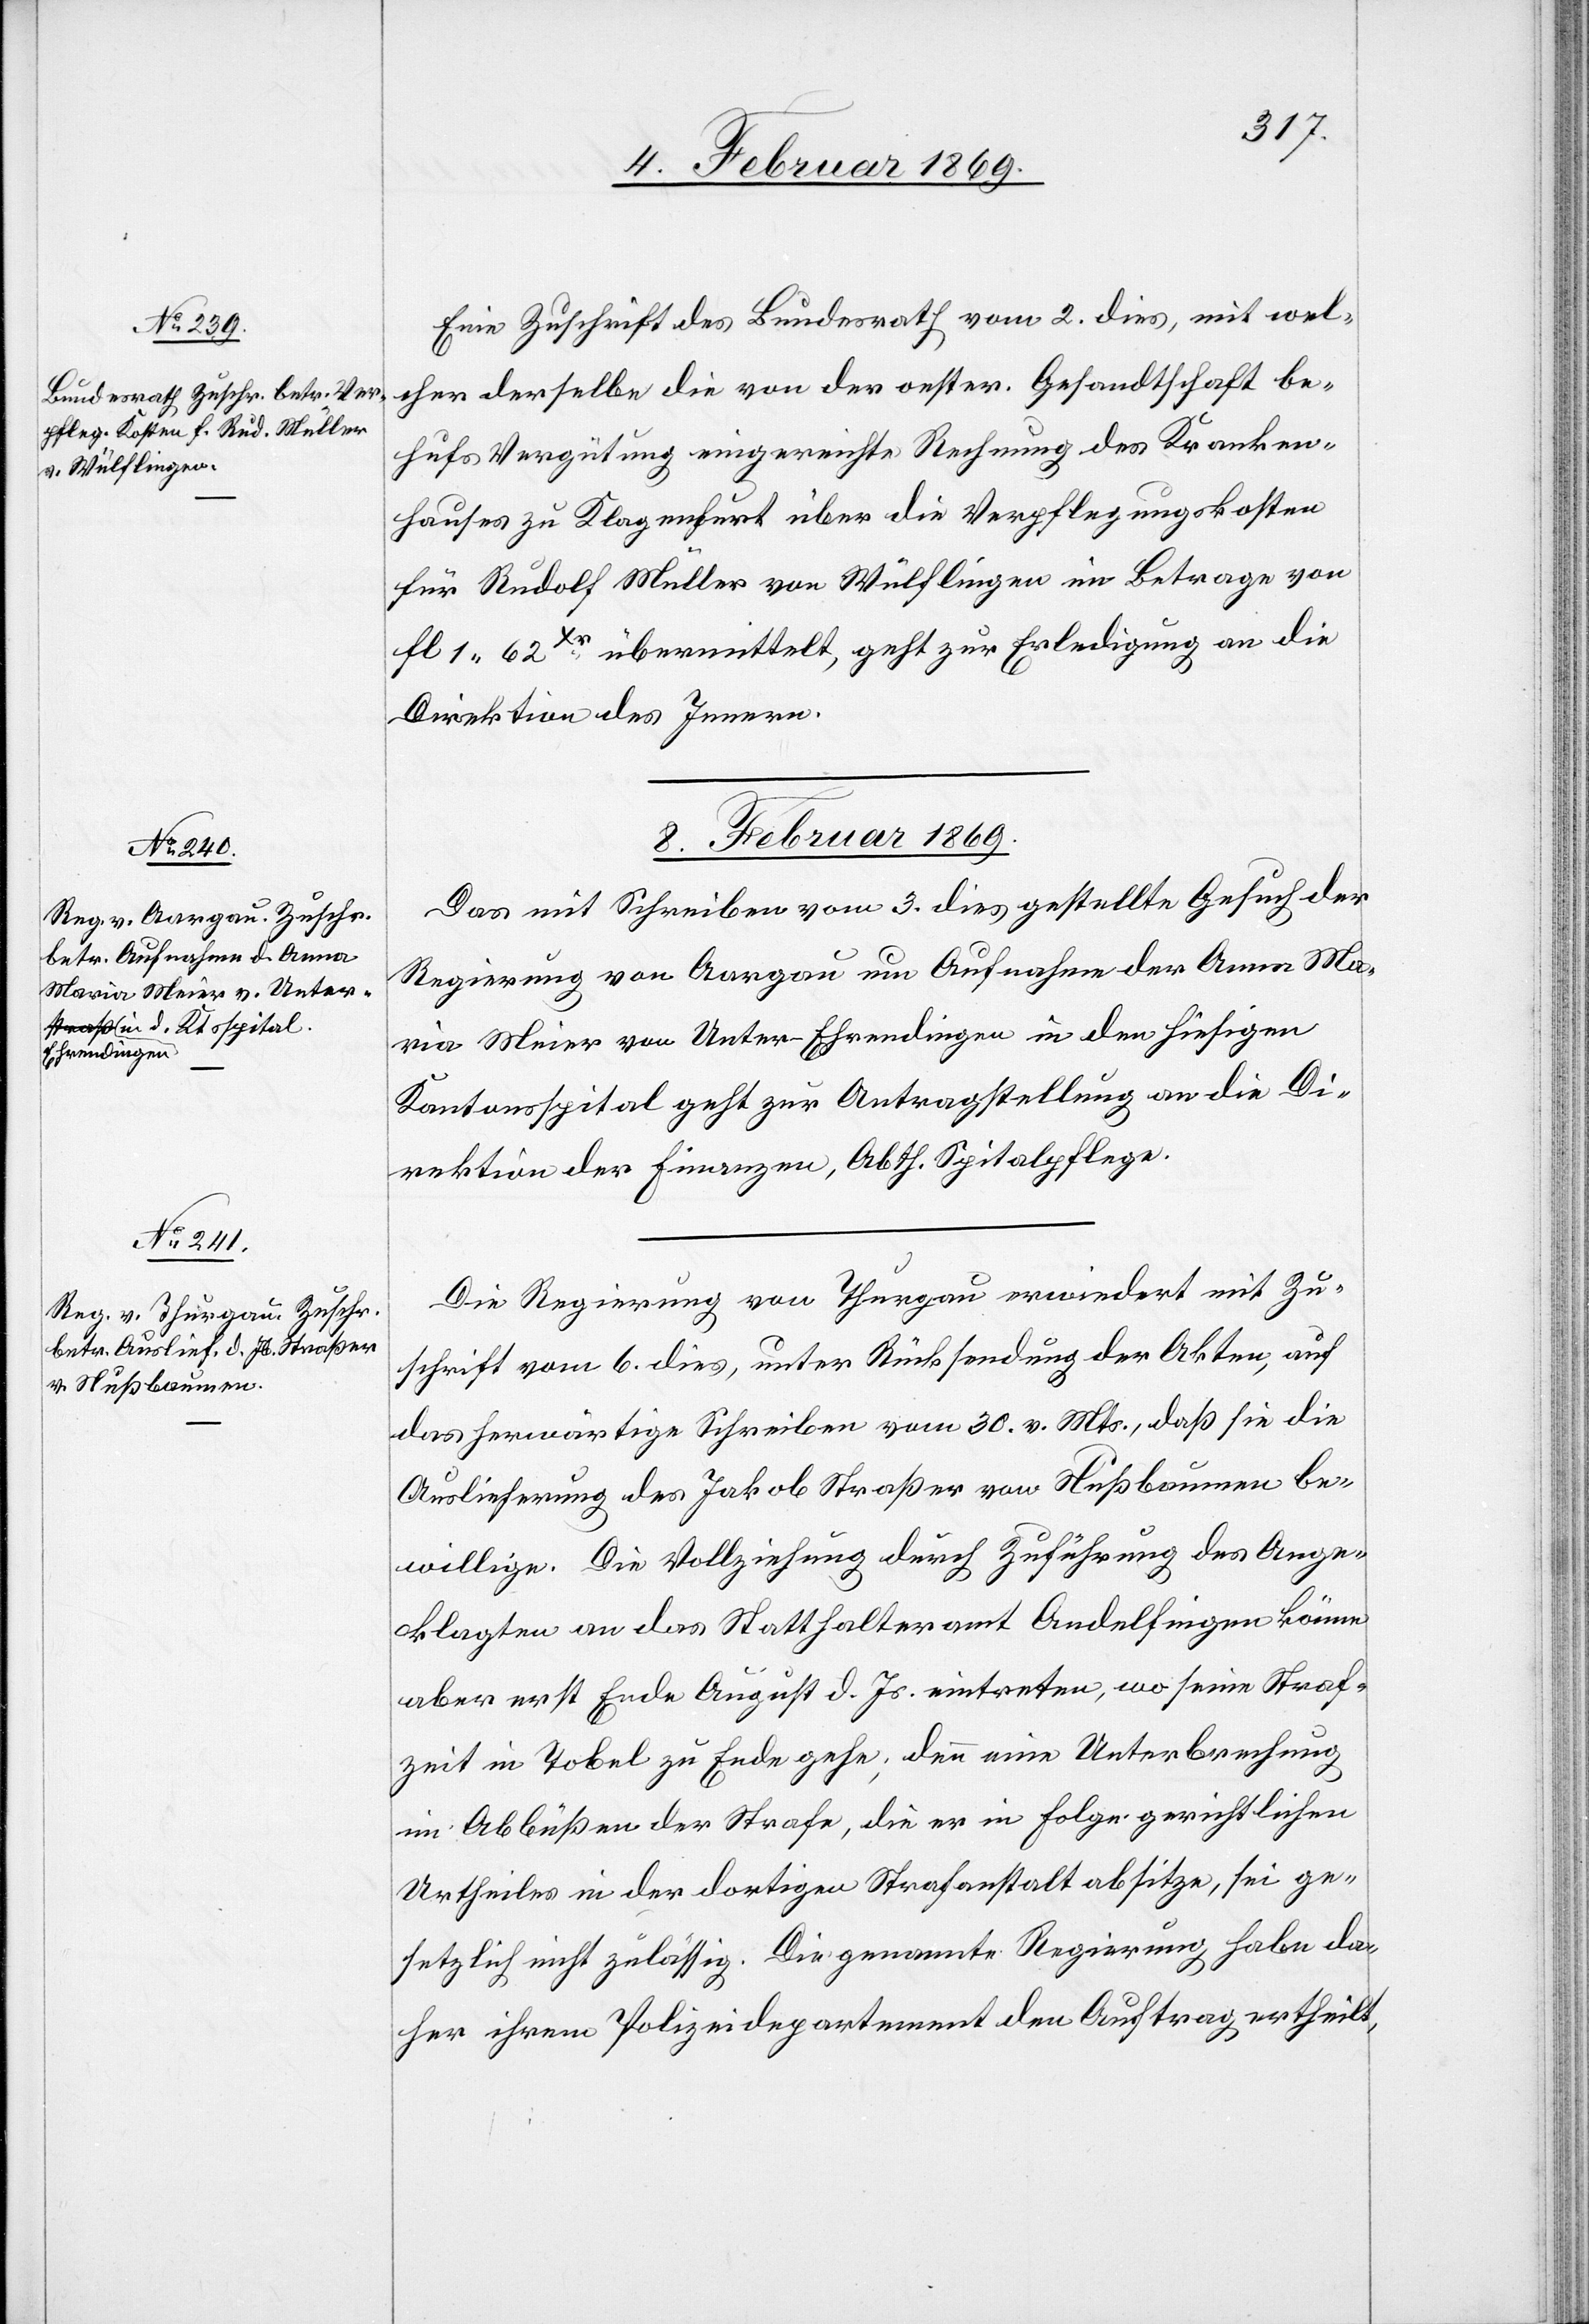
6. Februar 1869.]
Eine Zuschrift des Bundesrath vom 2. dies, mit wel¬
cher derselbe die von der oester. Gesandtschaft be¬
hufs Vergütung eingereichte Rechnung des Kranken¬
hauses zu Klagenfurt über die Verpflegungskosten
für Rudolf Müller von Wülflingen im Betrage von
fl 1.62Xr übermittelt, geht zur Erledigung an die
Direktion des Innern.
8. Februar 1869.]
Das mit Schreiben vom 3. dies gestellte Gesuch der
Regierung von Aargau um Aufnahme der Anna Ma¬
ria Meier von Unter-Ehrendingen in den hiesigen
Kantonsspital geht zur Antragstellung an die Di¬
rektion der Finanzen, Abth. Spitalpflege.
Die Regierung von Thurgau erwiedert mit Zu¬
schrift vom 6. dies, unter Rücksendung der Akten, auf
das herwärtige Schreiben vom 30. v. Mts., daß sie die
Auslieferung des Jakob Straßer von Nußbaumen be¬
willige. Die Vollziehung durch Zuführung des Ange¬
klagten an das Statthalteramt Andelfingen könne
aber erst Ende August d. Js. eintreten, wo seine Straf¬
zeit in Tobel zu Ende gehe; denn eine Unterbrechung
im Abbüßen der Strafe, die er in Folge gerichtlichen
Urtheiles in der dortigen Strafanstalt absitze, sei ge¬
setzlich nicht zulässig. Die genannte Regierung habe da¬
her ihrem Polizeidepartement den Auftrag ertheilt,